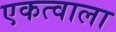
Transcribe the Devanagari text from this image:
एकत्वाला